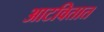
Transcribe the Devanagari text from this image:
आटवितात